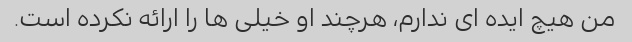
من هیچ ایده ای ندارم، هرچند او خیلی ها را ارائه نکرده است.